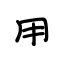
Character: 用